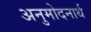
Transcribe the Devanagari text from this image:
अनुमोदनार्थ